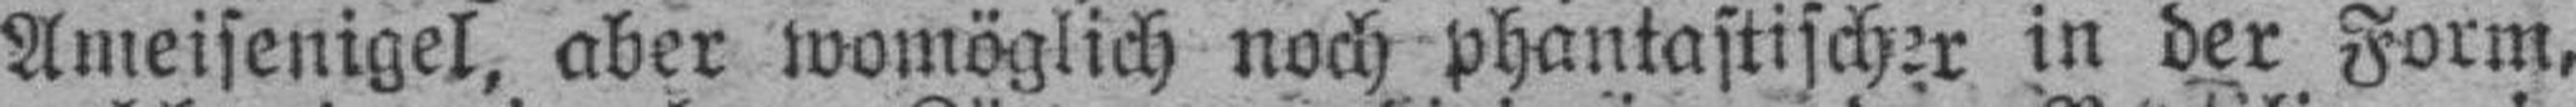
Ameisenigel, aber womöglich noch phantastischer in der Form,